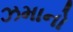
ઝમાનો